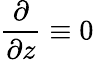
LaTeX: \frac{\partial}{\partial z}\equiv 0